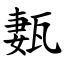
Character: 㼮